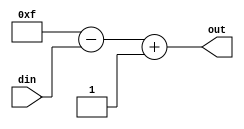
`timescale 1ns / 1ps
//////////////////////////////////////////////////////////////////////////////////
// Company: 
// Engineer: 
// 
// Design Name: 
// Module Name:    coplement_2s 
// Project Name: 
// Target Devices: 
// Tool versions: 
// Description: 
//
// Dependencies: 
//
// Revision: 
// Revision 0.01 - File Created
// Additional Comments: 
//
//////////////////////////////////////////////////////////////////////////////////
module coplement_2s(
input[3:0] din,
output[3:0]out);
wire [3:0]tem;

assign tem=4'b1111-din;
assign out =tem+1;


endmodule